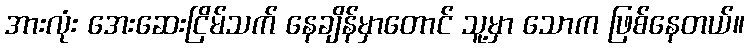
အားလုံး အေးဆေးငြိမ်သက် နေချိန်မှာတောင် သူ့မှာ သောက ဖြစ်နေတယ်။